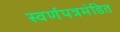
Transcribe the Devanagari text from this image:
स्वर्णपत्रमंडित